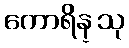
ကောရိန္သု